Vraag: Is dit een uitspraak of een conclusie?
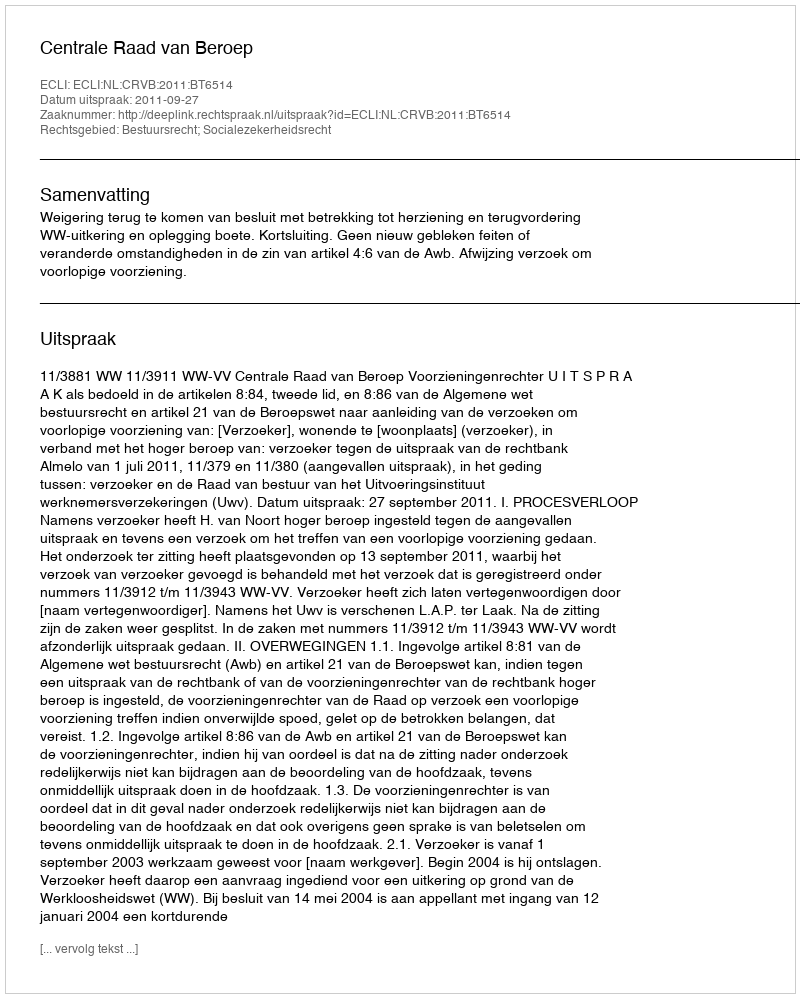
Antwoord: Uitspraak